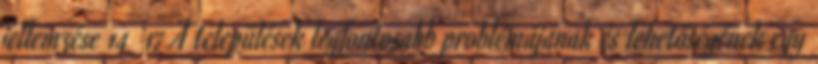
jellemzése 14 17 A települések legfontosabb problémájának és lehetőségének egy